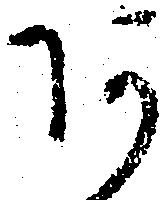
あ